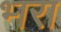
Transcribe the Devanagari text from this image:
भ्‍ारा